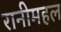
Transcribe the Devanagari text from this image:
रानीमहल